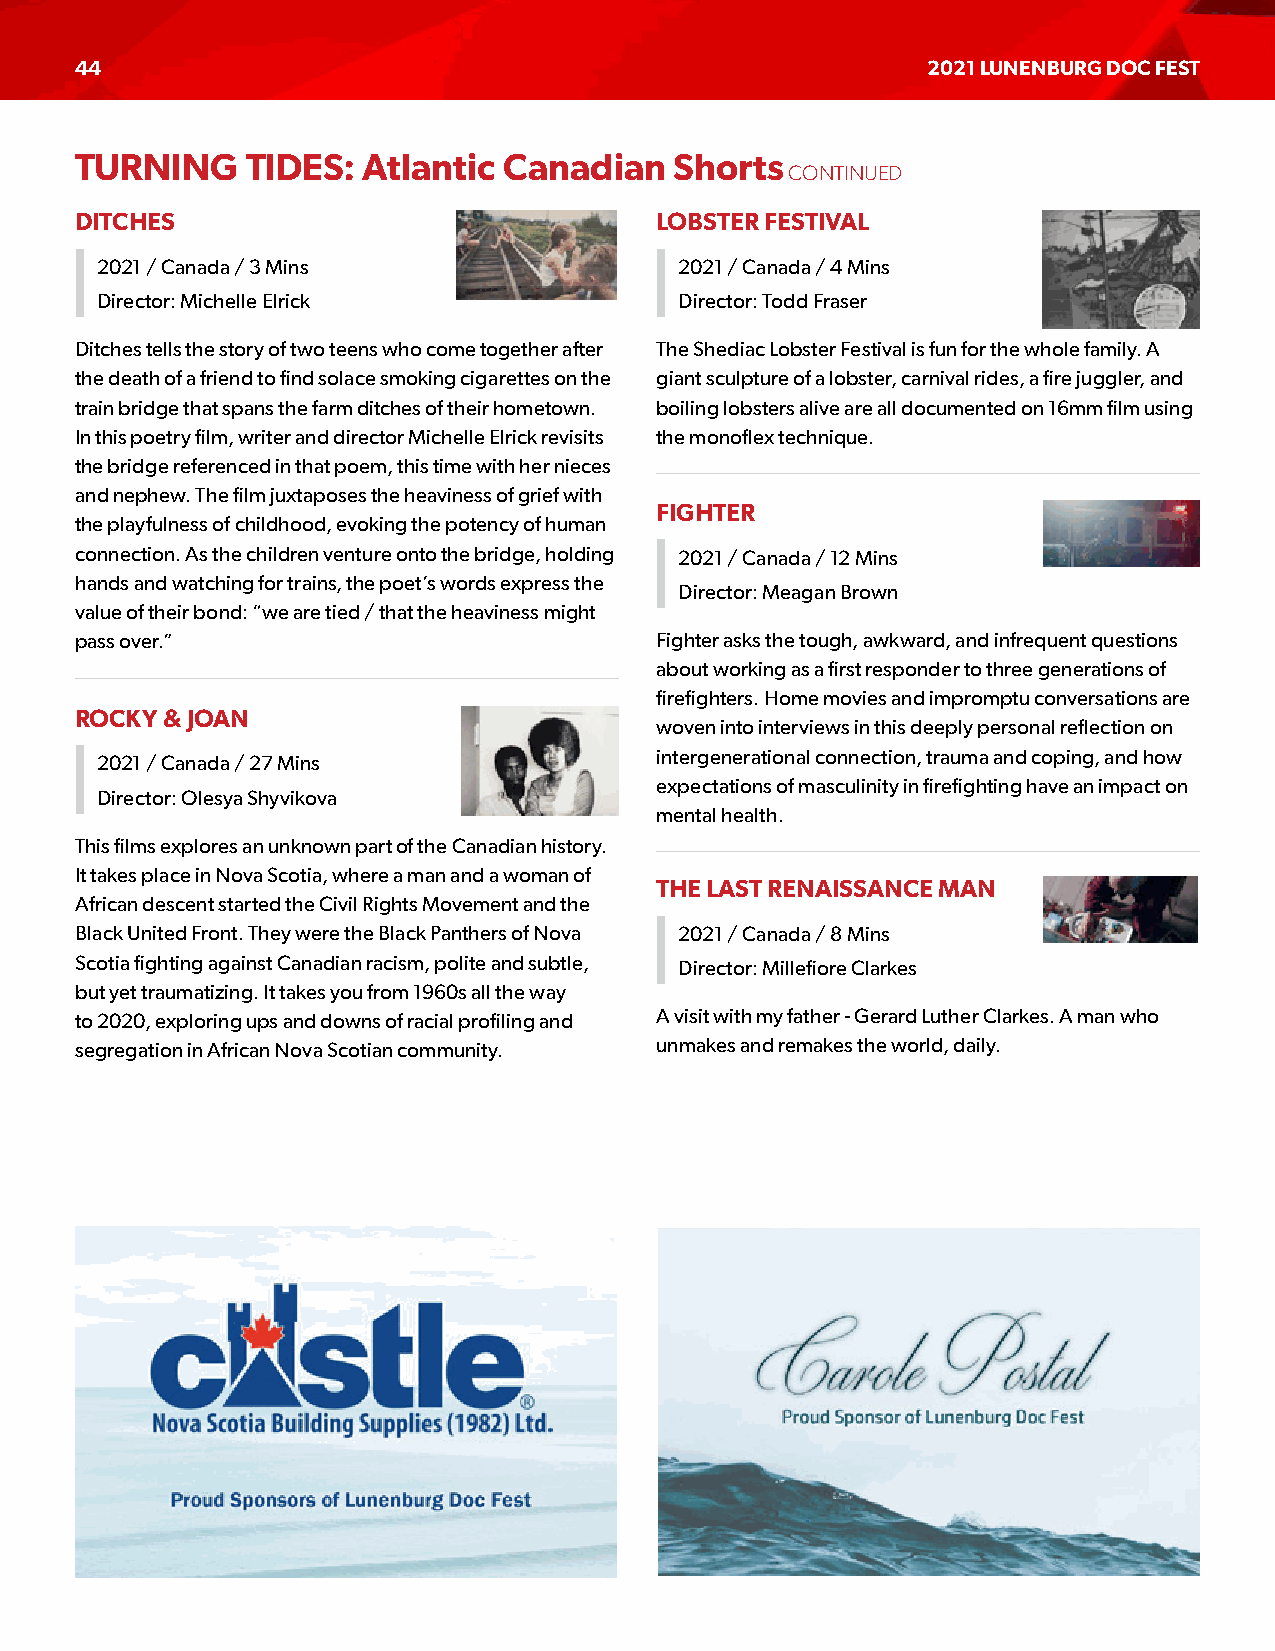
44                                                      2021 LUNENBURG DOC FEST
 TURNING    TIDES:  Atlantic Canadian    Shorts
 CONTINUED
 DITCHES                               LOBSTER FESTIVAL
 2021 / Canada / 3 Mins                 2021 / Canada / 4 Mins
 Director: Michelle Elrick              Director: Todd Fraser
 Ditches tells the story of two teens who come together after The Shediac Lobster Festival is fun for the whole family. A
 the death of a friend to find solace smoking cigarettes on the giant sculpture of a lobster, carnival rides, a fire juggler, and
 train bridge that spans the farm ditches of their hometown. boiling lobsters alive are all documented on 16mm film using
 In this poetry film, writer and director Michelle Elrick revisits the monoflex technique.
 the bridge referenced in that poem, this time with her nieces
 and nephew. The film juxtaposes the heaviness of grief with
 FIGHTER
 the playfulness of childhood, evoking the potency of human
 connection. As the children venture onto the bridge, holding 2021 / Canada / 12 Mins
 hands and watching for trains, the poet’s words express the
 Director: Meagan Brown
 value of their bond: “we are tied / that the heaviness might
 pass over.”                           Fighter asks the tough, awkward, and infrequent questions
 about working as a first responder to three generations of
 firefighters. Home movies and impromptu conversations are
 ROCKY & JOAN
 woven into interviews in this deeply personal reflection on
 intergenerational connection, trauma and coping, and how
 2021 / Canada / 27 Mins
 expectations of masculinity in firefighting have an impact on
 Director: Olesya Shyvikova
 mental health.
 This films explores an unknown part of the Canadian history.
 It takes place in Nova Scotia, where a man and a woman of
 THE LAST RENAISSANCE MAN
 African descent started the Civil Rights Movement and the
 Black United Front. They were the Black Panthers of Nova 2021 / Canada / 8 Mins
 Scotia fighting against Canadian racism, polite and subtle, Director: Millefiore Clarkes
 but yet traumatizing. It takes you from 1960s all the way
 to 2020, exploring ups and downs of racial profiling and A visit with my father - Gerard Luther Clarkes. A man who
 segregation in African Nova Scotian community. unmakes and remakes the world, daily.